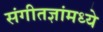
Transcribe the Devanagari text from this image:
संगीतज्ञांमध्ये